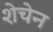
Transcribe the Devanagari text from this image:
शेचेन